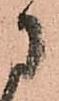
に